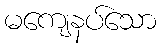
မကျေနပ်သော